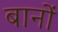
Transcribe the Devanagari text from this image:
बानों